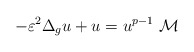
\begin{align*}-\varepsilon^{2}\Delta_{g}u+u=u^{p-1}\ \mathcal{M}\end{align*}